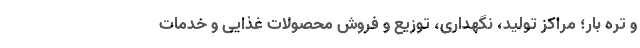
و تره بار؛ مراکز تولید، نگهداری، توزیع و فروش محصولات غذایی و خدمات